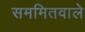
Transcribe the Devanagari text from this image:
सममितवाले